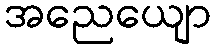
အညေယျော